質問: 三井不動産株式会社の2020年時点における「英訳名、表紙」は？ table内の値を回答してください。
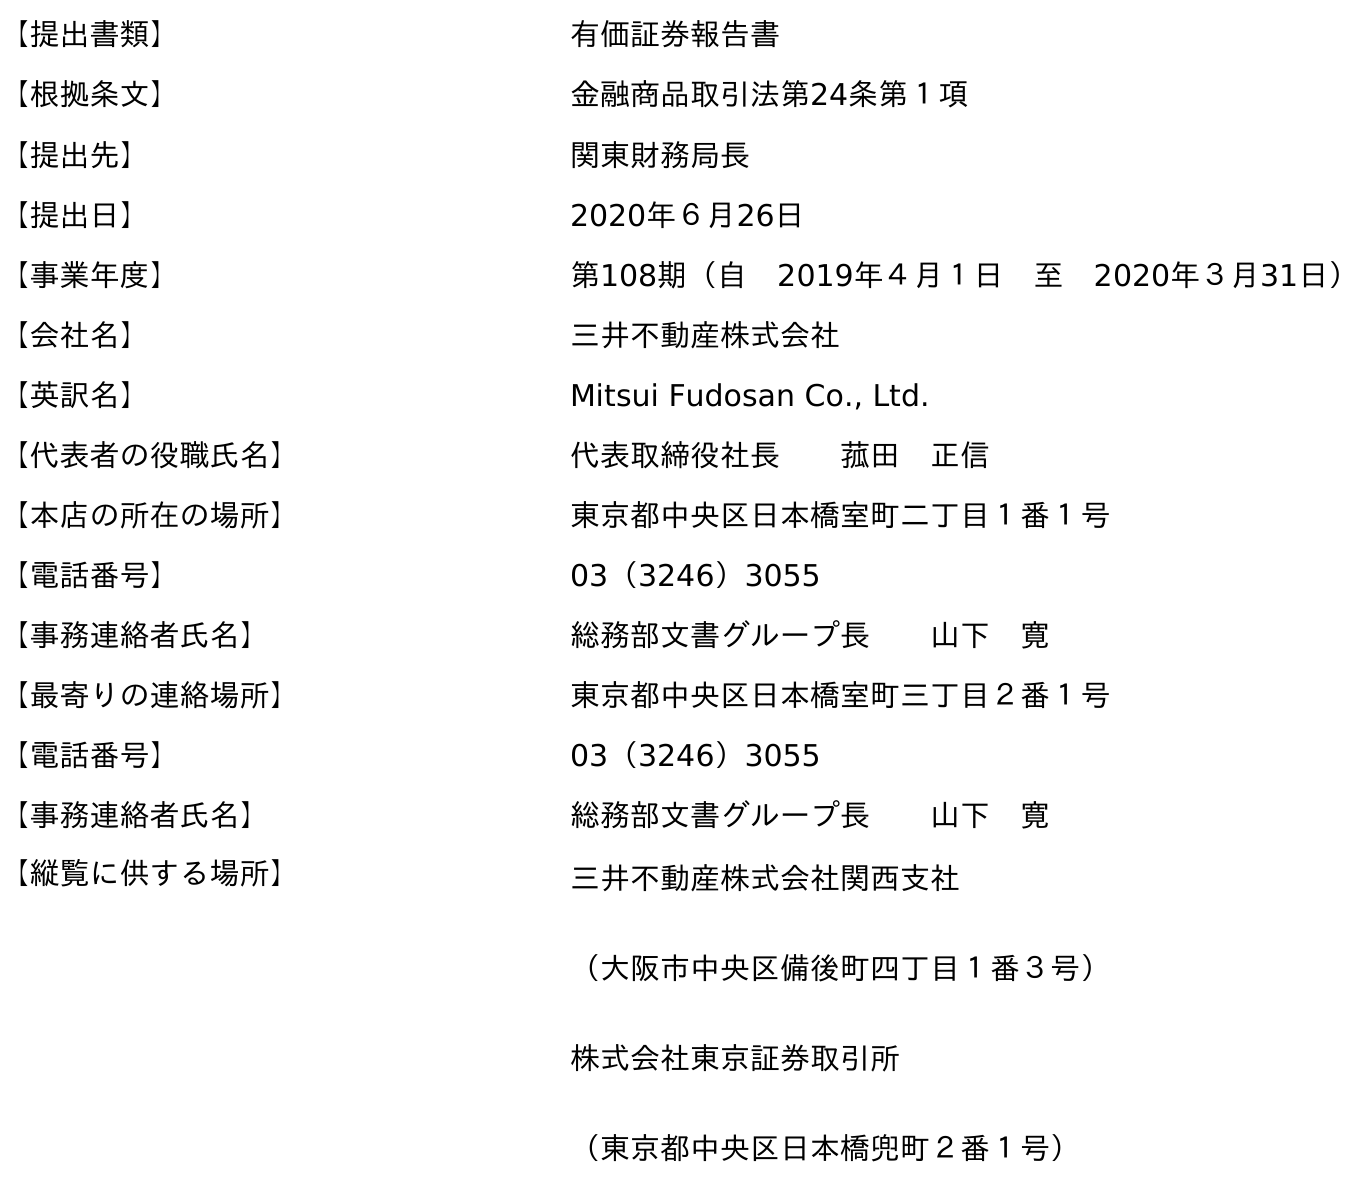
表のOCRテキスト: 【提出書類】 有価証券報告書 【根拠条文】 金融商品取引法第24条第１項 【提出先】 関東財務局長 【提出日】 2020年６月26日 【事業年度】 第108期（自 2019年４月１日 至 2020年３月31日） 【会社名】 三井不動産株式会社 【英訳名】 Mitsui Fudosan Co., Ltd. 【代表者の役職氏名】 代表取締役社長  菰田 正信 【本店の所在の場所】 東京都中央区日本橋室町二丁目１番１号 【電話番号】 03（3246）3055 【事務連絡者氏名】 総務部文書グループ長  山下 寛 【最寄りの連絡場所】 東京都中央区日本橋室町三丁目２番１号 【電話番号】 03（3246）3055 【事務連絡者氏名】 総務部文書グループ長  山下 寛 【縦覧に供する場所】 三井不動産株式会社関西支社 （大阪市中央区備後町四丁目１番３号） 株式会社東京証券取引所 （東京都中央区日本橋兜町２番１号）
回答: Mitsui Fudosan Co., Ltd.